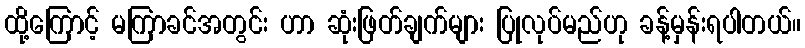
ထို့ကြောင့် မကြာခင်အတွင်း ဟာ ဆုံးဖြတ်ချက်များ ပြုလုပ်မည်ဟု ခန့်မှန်းရပါတယ်။